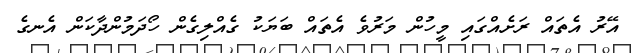
އޭރު އެތައް ރަށެއްގައި މީހުން މަރުވެ އެތައް ބަޔަކު ގެއްލިގެން ހޯދަމުންދާކަން އެނގެ